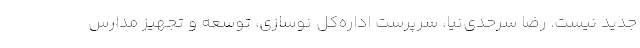
جدید نیست. رضا سرحدی‌نیا، سرپرست اداره‌کل نوسازی، توسعه و تجهیز مدارس